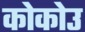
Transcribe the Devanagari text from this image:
कोकोउ